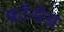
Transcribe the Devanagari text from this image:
कॉन्‍ग्रेस